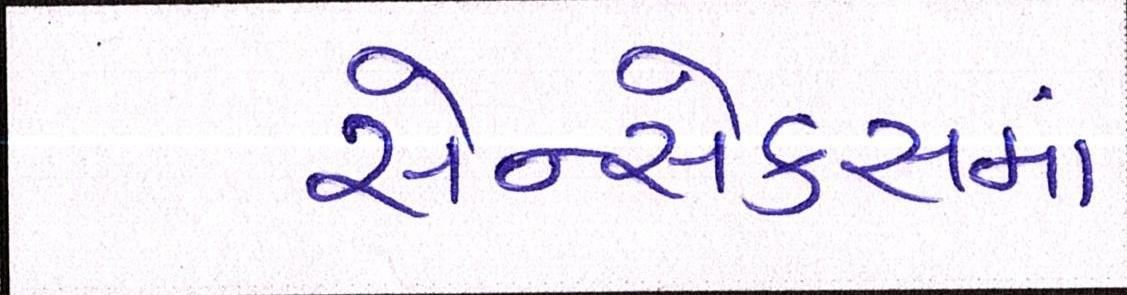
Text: સેન્સેક્સમાં